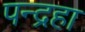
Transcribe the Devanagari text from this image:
पन्द्रहा